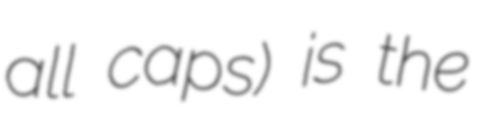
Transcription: all caps) is the